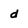
Character: d